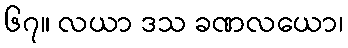
၆၇။ လယာ ဒသ ခဏလယော၊